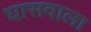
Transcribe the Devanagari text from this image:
घासवाला